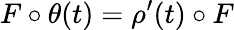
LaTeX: F\circ\theta(t)=\rho^{\prime}(t)\circ F